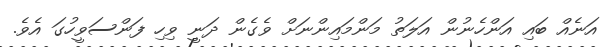
އަނެއް ބައި އަންހެނުން އަލަތު މަންމައިންނަށް ވެގެން ދަނީ ވިހި ފަންސަވީހުގަ އެވެ.